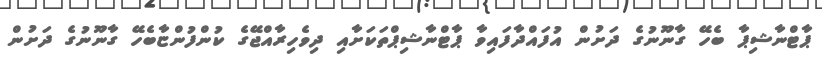
ޕާޓްނާޝިޕާ ބެހޭ ގާނޫނުގެ ދަށުން އުފައްދާފައިވާ ޕާޓްނާޝިޕްތަކަށާއި ދިވެހިރާއްޖޭގެ ކުންފުންޏާބެހޭ ގާނޫނުގެ ދަށުން